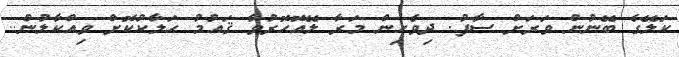
ކަލޭގެ ބޭނުން ވަރަށް ސާފު. ދިވެހިން މަރާ ލޭއޮހޮރުވާ ޤައުމު ހަލާކުކޮށް ވިއްކާލުން..